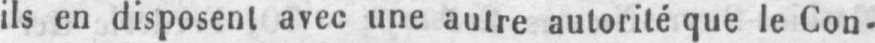
ils en disposent avec une autre autorité que le Con-